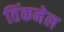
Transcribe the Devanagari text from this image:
तिंकनेल